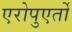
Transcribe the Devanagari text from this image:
एरोपुएर्तो